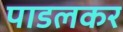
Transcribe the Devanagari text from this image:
पाडलकर